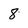
Character: 8